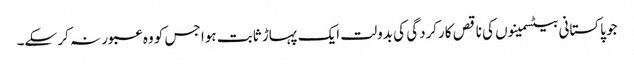
جو پاکستانی بیٹسمینوں کی ناقص کارکردگی کی بدولت ایک پہاڑ ثابت ہوا جس کو وہ عبور نہ کر سکے۔